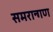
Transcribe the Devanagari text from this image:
समरान्गण